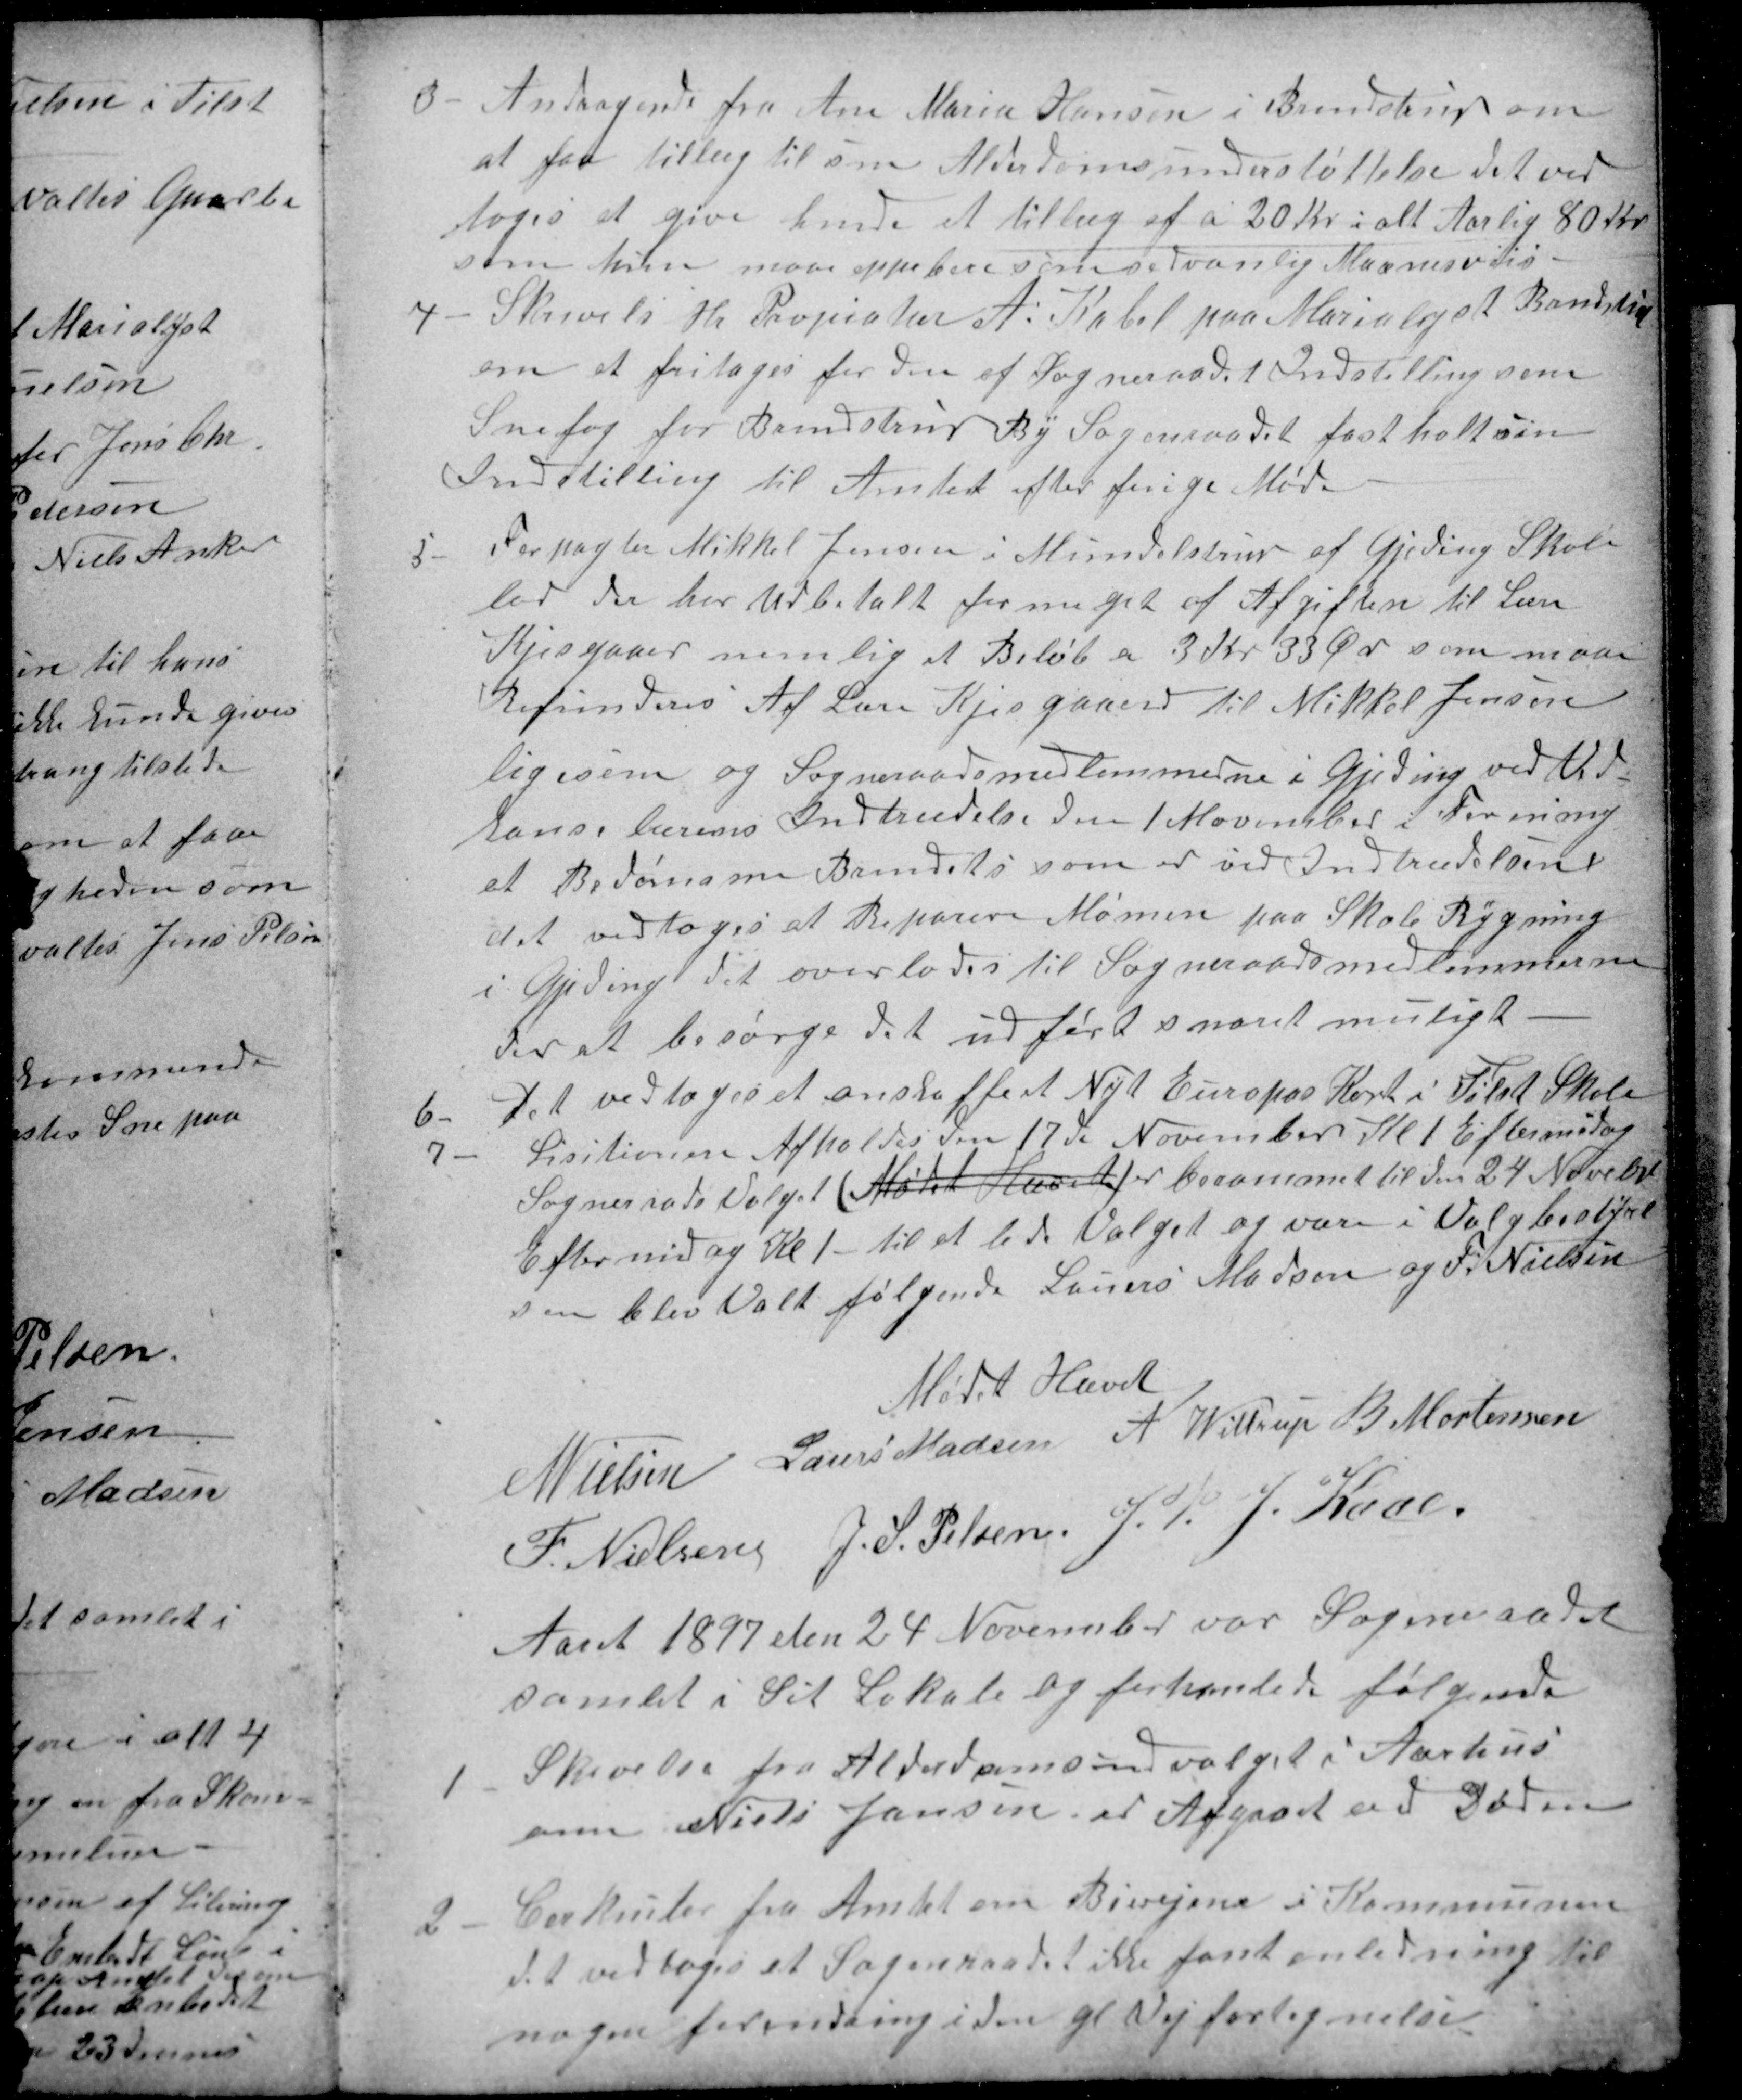
Transskription:
3
Andragende fra Ane Maria Hansen i Brendstrup om
at faa tillæg til sin Alderdomsunderstøttelse det ved
toges at give hende et tillæg af a 20 Kr i alt Aarlig 80 Kr
som hun maa oppebere som sedvanlig Maanesviis
4
Skrivelse Hr Propatær A. Kabel paa Marialyst Brendstrup
om at fritages for den af Sogneraadet Indstilling som
Snefog for Brendstrup By Sogneraadet fastholt sin
Indstilling til Amtet efter forige Møde
5
Forpagter Mikkel Jensen i Mundelstrup af Gjeding Skole
lod der har Udbetalt for meget af Afgiften til Lære
Kjesgaaard nemlig et Beløb a 3 Kr 33 Øre som maae
Refunderes Af Lære Kjesgaard til Mikkel Jensen
ligesom og Sogneraadsmedlemmerne i Gjeding ved Vad-
kans lærens Indtrædelse den 1 November i Forening
at Bedømme Brændets som er ved Indtrædelsen
det vedtoges at Reparere Mønnen paa Skole Rygning
i Gjeding det overlodes til Sogneraadsmedlemmerne
der at besørge det udført snaret muligt.
6
Det vedtoges et anskaffe et Nyt Europas Kort i Tilst Skole
7
Lisitionen Afholdes den 17de November Kl. 1 Eftermidag
Sogneraads Valget (Mødet Hævet) er besammet til den 24 Novebr
Eftermidag Kl. 1 - til at lede Valget og være i Valgbestyrel
sen blev Valt følgende Lauers Madsen og F. Nielsen
Mødet Hævet
N Nielsen 
Laurs Madsen 
A Wittrup
B Mortensen
F. Nielsen 
J. S. Pelsen
J. P. J. Kaae
Aaret 1897 den 24 November var Sogneraadet
samlet i Sit Lokale og forhanlede følgende
1
Skrivelse fra Alderdomsudvalget i Aarhus
om Niels Jensen er Afgaaet ved Døden
2
Cerkuler fra Amtet om Bivejene i Kommunen
det vedtoges et Sogneraadet ikke fant anledning til
nogen forandring i den gl Vejfortegnelse